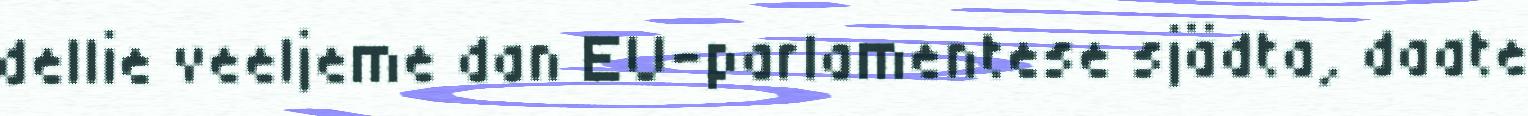
dellie veeljeme dan EU-parlamentese sjädta, daate